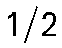
1/2